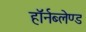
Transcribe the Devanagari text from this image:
हॉर्नब्लेण्ड